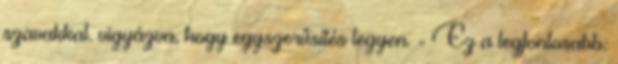
szavakkal. vigyázva, hogy egyszerűsítés legyen. - Ez a legfontosabb: